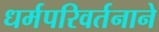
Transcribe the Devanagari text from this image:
धर्मपरिवर्तनाने